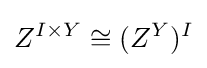
Z^{I\times Y}\cong (Z^{Y})^{I}